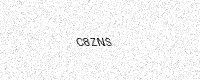
Text: C8ZNS